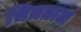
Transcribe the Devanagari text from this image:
चित्रताल